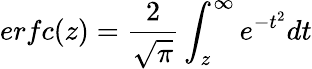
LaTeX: erfc(z)=\frac{2}{\sqrt{\pi}}\int_{z}^{\infty}e^{-t^{2}}dt